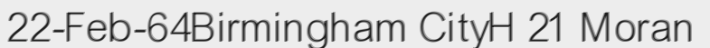
22-Feb-64Birmingham CityH 21 Moran